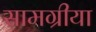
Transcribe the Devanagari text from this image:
सामग्रीया